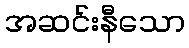
အဆင်းနီသော